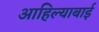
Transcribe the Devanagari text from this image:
आहिल्याबाई